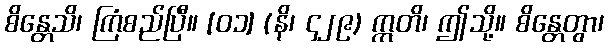
စိန္တေသိ၊ ကြံစည်ပြီ။ [၀၁] (နိ၊ ၄၂၉) ဣတိ၊ ဤသို့။ စိန္တေတွာ၊